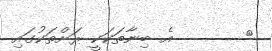
٨       އެ ބިނާތަކަކީ ރަށްތަކުގައި